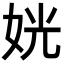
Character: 姯